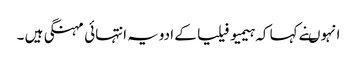
انہوںنے کہا کہ ہیمیو فیلیا کے ادویہ انتہائی مہنگی ہیں ۔